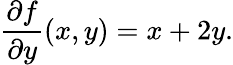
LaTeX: {\frac{\partial f}{\partial y}}(x,y)=x+2y.